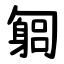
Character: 匔